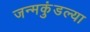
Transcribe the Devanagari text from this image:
जन्मकुंडल्या